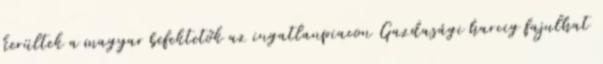
kerültek a magyar befektetők az ingatlanpiacon Gazdasági harcig fajulhat